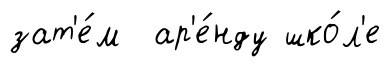
зат'е́м ар'е́нду шко́л'е